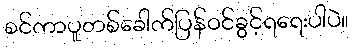
စင်ကာပူတစ်ခေါက်ပြန်ဝင်ခွင့်ရရေးပါပဲ။